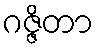
ဂဇ္ဇိတာ